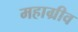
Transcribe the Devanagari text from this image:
महाग्रीव